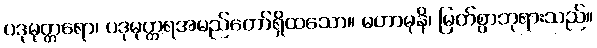
ပဒုမုတ္တရော၊ ပဒုမုတ္တရအမည်တော်ရှိထသော။ မဟာမုနိ၊ မြတ်စွာဘုရားသည်။